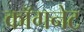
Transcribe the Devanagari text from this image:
कॉगनेट